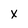
Character: x